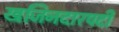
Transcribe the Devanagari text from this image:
खजिनदारपदी